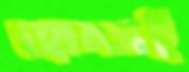
হোন্ডাই